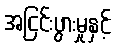
အငြင်းပွားမှုနှင့်